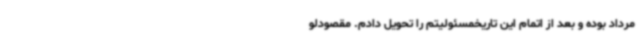
مرداد بوده و بعد از اتمام این تاریخمسئولیتم را تحویل دادم. مقصودلو